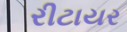
રીટાયર